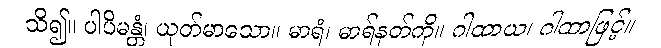
သိ၍။ ပါပိမန္တံ၊ ယုတ်မာသော။ မာရံ၊ မာရ်နတ်ကို။ ဂါထာယ၊ ဂါထာဖြင့်။